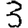
Digit: 3